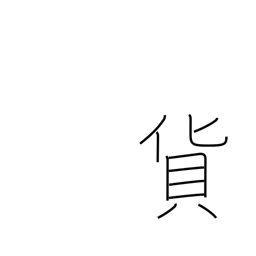
Meaning: freight